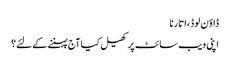
ڈاؤن لوڈ، اتارنا
اپنی ویب سائٹ پر کھیل کیا آج پہننے کے لئے؟